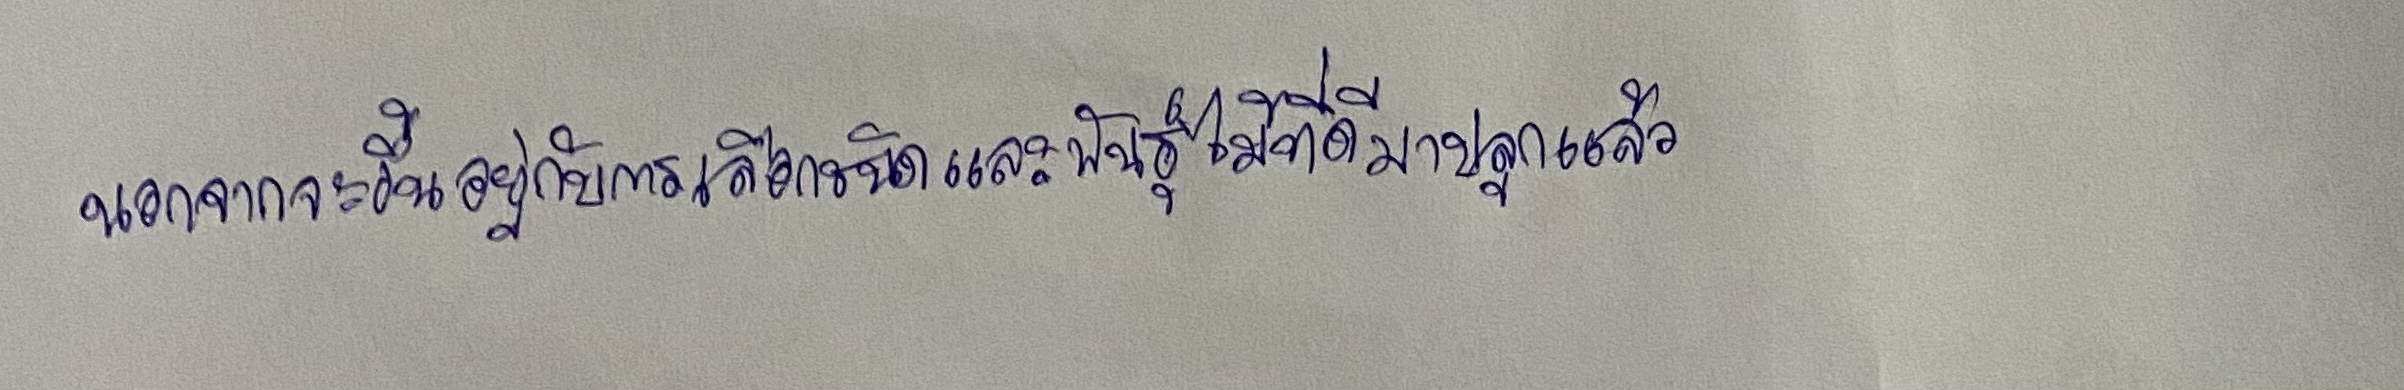
นอกจากจะขึ้นอยู่กับการเลือกชนิดและพันธุ์ไม้ที่ดีมาปลูกแล้ว